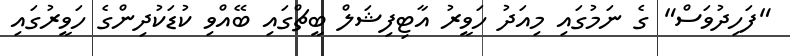
"ފަހިދުވަސް" ގެ ނަމުގައި މިއަދު ހަވީރު އާޓިފިޝަލް ބީޗްގައި ބޭއްވި ކުޑަކުދިންގެ ހަވީރުގައި